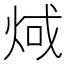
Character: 𪸬